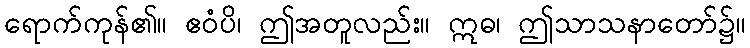
ရောက်ကုန်၏။ ဧဝံပိ၊ ဤအတူလည်း။ ဣဓ၊ ဤသာသနာတော်၌။